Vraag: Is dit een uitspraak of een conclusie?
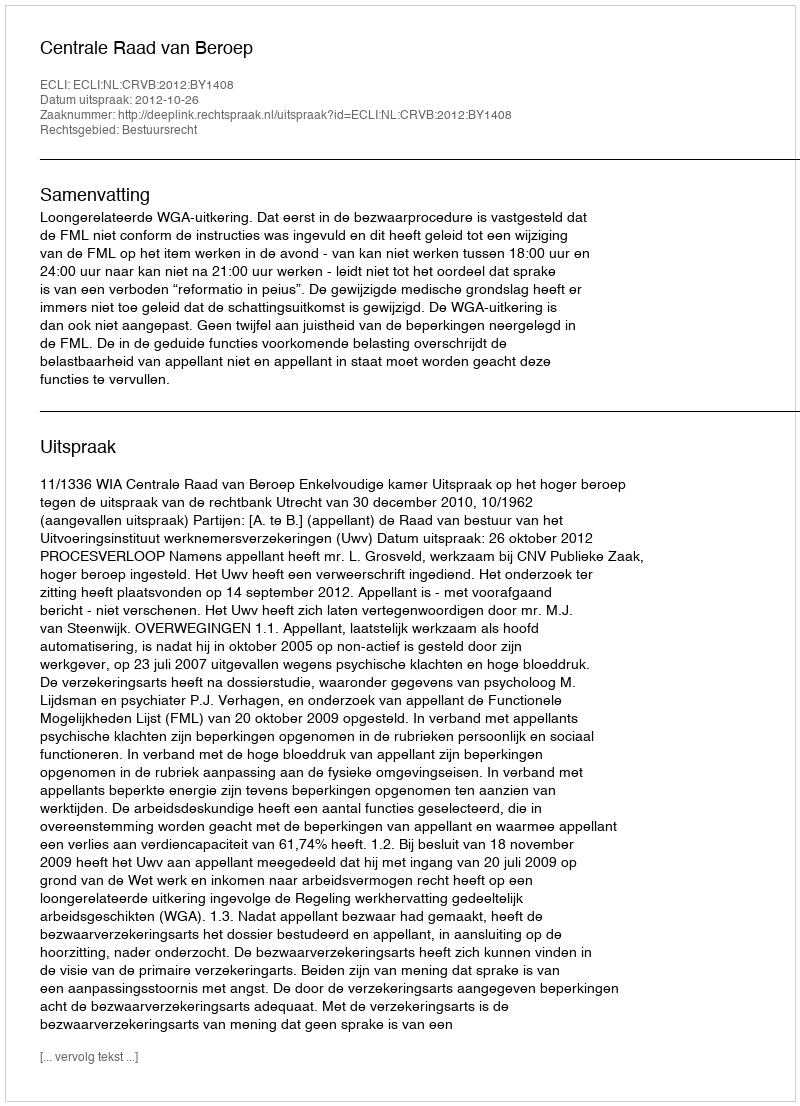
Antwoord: Uitspraak